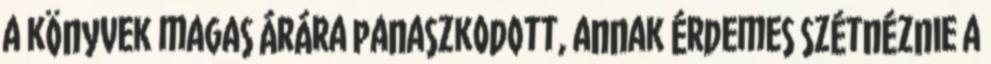
a könyvek magas árára panaszkodott, annak érdemes szétnéznie a